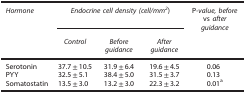
| Hormone | <COLSPAN=3> Endocrine cell density (cell/mm2) | P-value, before vs after guidance |
 |  | Control | Before guidance | After guidance |  |
 | --- | --- | --- | --- | --- |
 | Serotonin | 37.7±10.5 | 31.9±6.4 | 19.6±4.5 | 0.06 |
 | PYY | 32.5±5.1 | 38.4±5.0 | 31.5±3.7 | 0.13 |
 | Somatostatin | 13.5±3.0 | 13.2±3.0 | 22.3±3.2 | 0.01a |